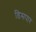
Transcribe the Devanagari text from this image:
डिसपार